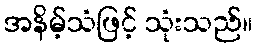
အနိမ့်သံဖြင့် သုံးသည်။